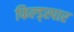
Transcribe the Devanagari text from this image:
फिल्ड्स्पार